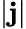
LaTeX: |\mathbf j|